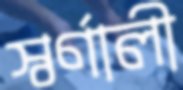
স্বর্ণালী